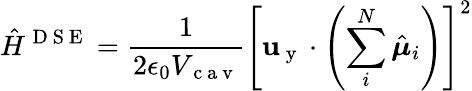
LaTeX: \hat{H}^{\mathrm{~D~S~E~}}=\frac{1}{2\epsilon_{0}V_{\mathrm{~c~a~v~}}}\left[{\mathbf{u}}_{\mathrm{~y~}}\cdot\left(\sum_{i}^{N}\hat{{\boldsymbol{\mu}}}_{i}\right)\right]^{2}